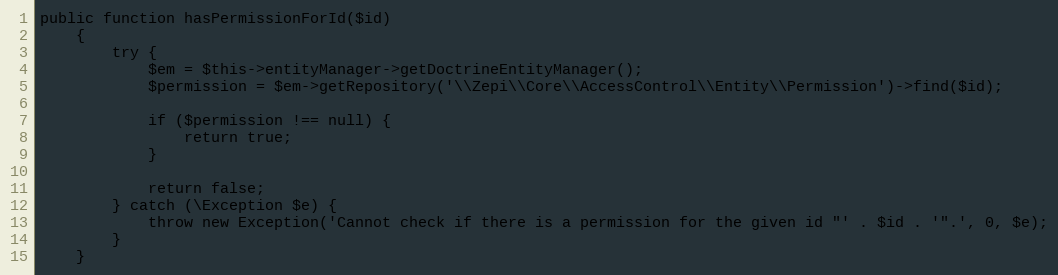
Language: PHP
public function hasPermissionForId($id)
    {
        try {
            $em = $this->entityManager->getDoctrineEntityManager();
            $permission = $em->getRepository('\\Zepi\\Core\\AccessControl\\Entity\\Permission')->find($id);

            if ($permission !== null) {
                return true;
            }

            return false;
        } catch (\Exception $e) {
            throw new Exception('Cannot check if there is a permission for the given id "' . $id . '".', 0, $e);
        }
    }